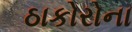
ઠાકોરોના